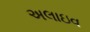
અલાઇવ